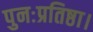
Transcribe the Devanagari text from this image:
पुनःप्रतिष्ठा।